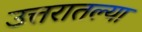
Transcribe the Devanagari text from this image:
उत्तरातल्या